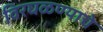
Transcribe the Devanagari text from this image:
विरघळण्याचे